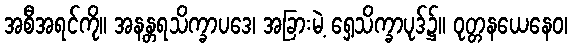
အစီအရင်ကို။ အနန္တရသိက္ခာပဒေ၊ အခြားမဲ့ ရှေ့သိက္ခာပုဒ်၌။ ဝုတ္တနယေနေဝ၊